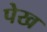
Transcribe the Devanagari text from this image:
पेख